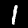
Digit: 1